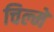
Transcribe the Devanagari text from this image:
चिल्मे